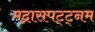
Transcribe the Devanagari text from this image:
मद्रासपट्ट्नम